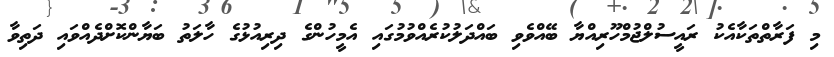
މި ފަރާތްތަކާއެކު ރައީސުލްޖުމްހޫރިއްޔާ ބޭއްވެވި ބައްދަލުކުރެއްވުމުގައި އެމީހުންގެ ދިރިއުޅުގެ ހާލަތު ބަޔާންކޮށްދެއްވައި ދަތިވާ